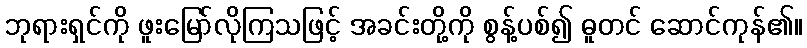
ဘုရားရှင်ကို ဖူးမြော်လိုကြသဖြင့် အခင်းတို့ကို စွန့်ပစ်၍ ဓူတင် ဆောင်ကုန်၏။